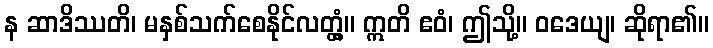
န ဆာဒိဿတိ၊ မနှစ်သက်စေနိုင်လတ္တံ့။ ဣတိ ဧဝံ၊ ဤသို့။ ဝဒေယျ၊ ဆိုရာ၏။